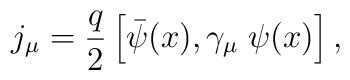
j_{\mu }=\frac{q}{2}\left[ \bar{\psi}(x),\gamma _{\mu }\;\psi (x)\right] ,